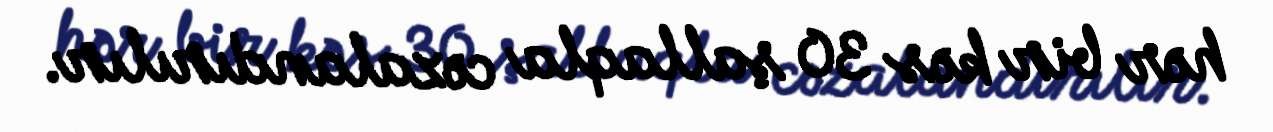
hər bir kəs 30 şallaqla cəzalandırılır.